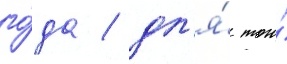
го́да / дл'я́ того́